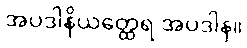
အပဒါနိယတ္ထေရ အပဒါန။